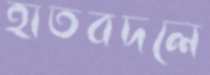
হাতবদলে